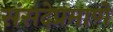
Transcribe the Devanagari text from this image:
संसदेप्रमाणे